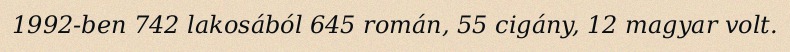
1992-ben 742 lakosából 645 román, 55 cigány, 12 magyar volt.